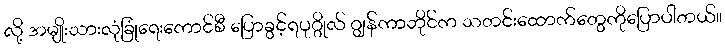
လို့ အမျိုးသားလုံခြုံရေးကောင်စီ ပြောခွင့်ရပုဂ္ဂိုလ် ဂျွန်ကာဘိုင်က သတင်းထောက်တွေကိုပြောပါတယ်။